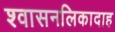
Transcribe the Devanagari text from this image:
श्वासनलिकादाह